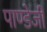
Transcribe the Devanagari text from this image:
पाण्डेजी